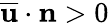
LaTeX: \overline{{\mathbf{u}}}\cdot\mathbf{n}>0